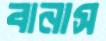
বানাস